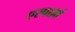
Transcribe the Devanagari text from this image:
एस्पार्ज़ा